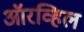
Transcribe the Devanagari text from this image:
ऑरव्हिल